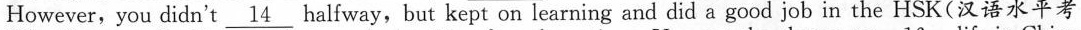
However, you didn't \underline{14} halfway,but kept on learning and did a good job in the HSK(汉语水平考